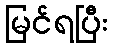
မြင်ရပြီး